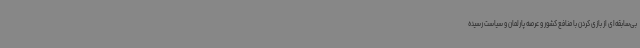
بی‌سابقه‌ای از بازی کردن با منافع کشور و عرصه پارلمان و سیاست رسیده